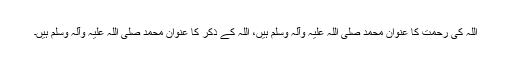
اللہ کی رحمت کا عنوان محمد صلی اللہ علیہ وآلہ وسلم ہیں، اللہ کے ذکر کا عنوان محمد صلی اللہ علیہ وآلہ وسلم ہیں۔